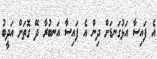
އެ ފައިސާ އަޅުގަނޑަށް ދިން އެ ފައިސާ އަނބުރާ ދޭ ގޮތަށް އަދީބު